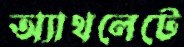
অ্যাথলেটে